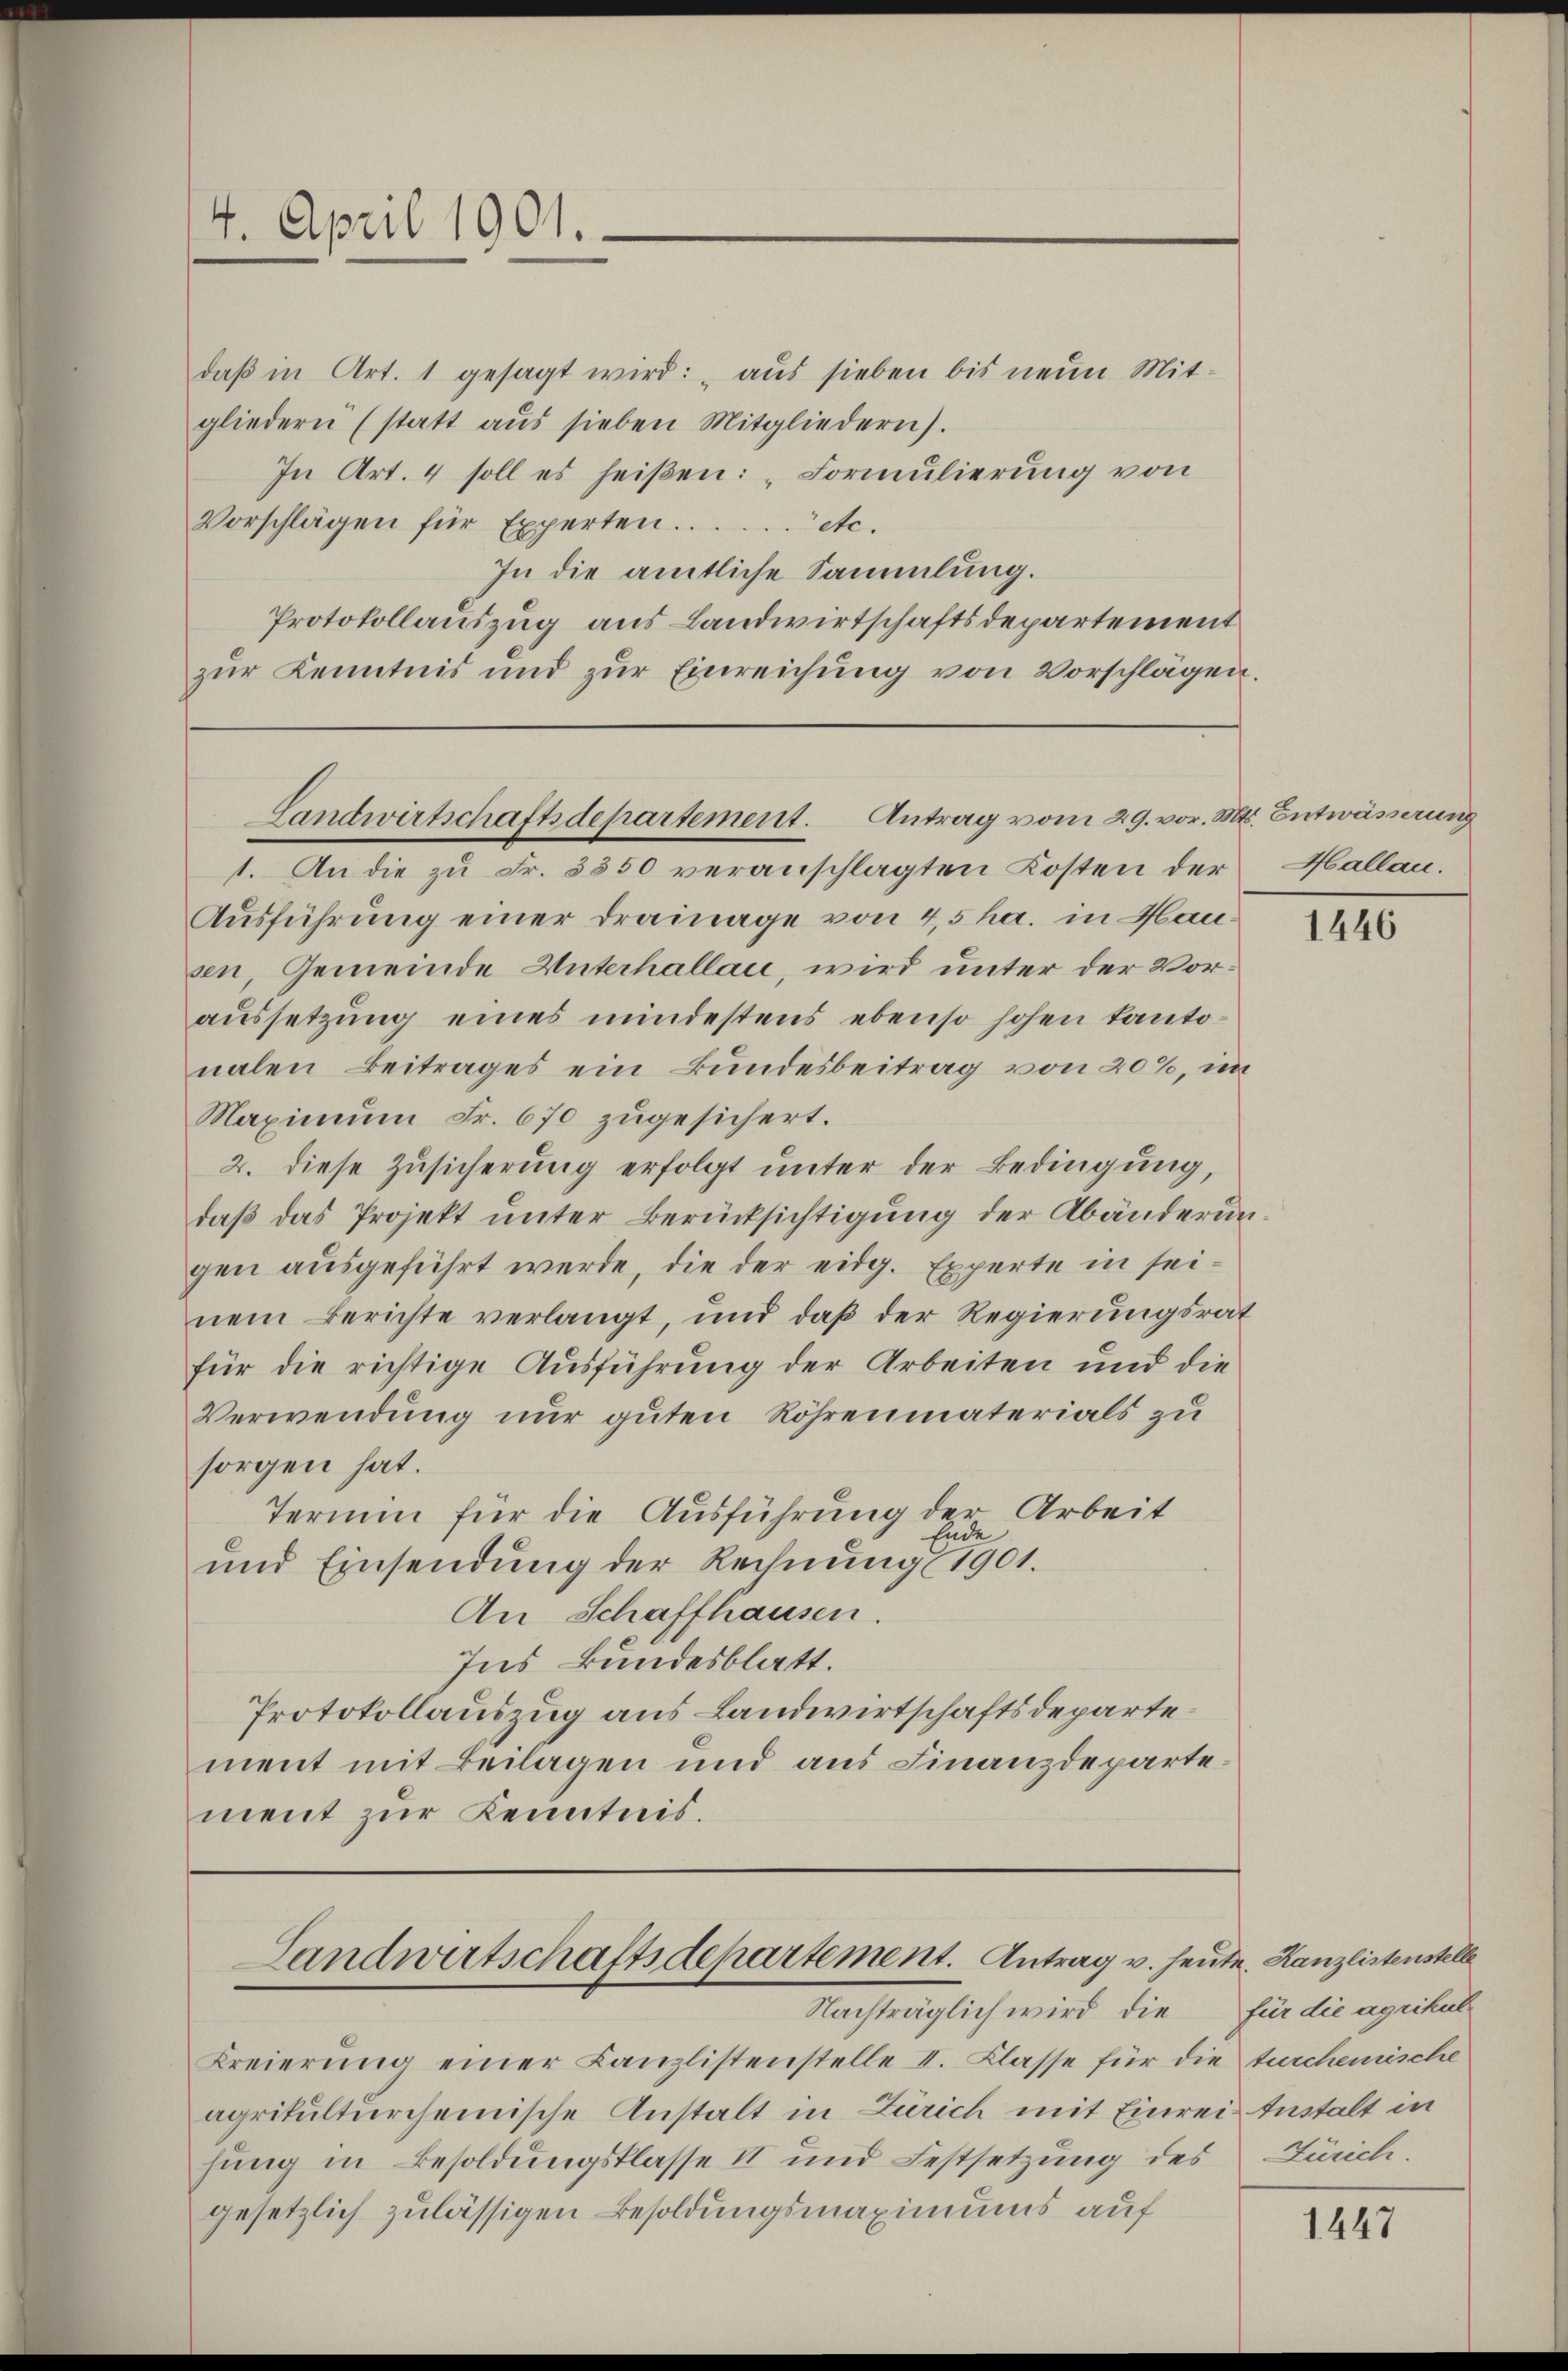
daβ in Art. 1 gesagt wird: „aus sieben bis neue Mit-
gliedern (statt aŭs sieben Mitgliedern).
In Art. 4 soll es heißen: „Formulierung von
Vorschlägen für Experten. etc.
In die amtliche Sammlung.
Protokollauszug aus Landwirtschaftsdepartement
zŭr Kenntnis und zŭr Einreichung von Vorschlägen.

4. April 1901.

1. An die zu Fr. 3350 veranschlagten Kosten der
Ausführung einer drainage von 4,5 ha. in Hausen, Gemeinde Unterhallau, wird unter der Voraussetzung eines mindestens ebenso hohen kantonalen Beitrages ein Bundesbeitrag von 20%, im
Maximum Fr. 670 zugesichert.
2. diese Zusicherung erfolgt unter der Bedingung,
daß das Projekt unter Berücksichtigung der Abänderun-
gen ausgeführt werde, die der eidg. Experte in seinem Berichte verlangt, und daβ der Regierungsrat
für die richtige Ausführung der Arbeiten und die
Verwendung nur guten Röhrenmaterials zu
sorgen hat.
Termin für die Ausführung der Arbeit
Ende
und Einsendung der Rechnung 1901.
An Schaffhausen.
Ins Bundesblatt.
Protokollauszug aus Landwirtschaftsdepartement mit Beilagen und aus Finanzdepartement zur Kenntnis.

Landwirtschaftsdepartement. Antrag vom 29. vor. Mts. Entwässerung

Landwirtschaftsdepartement. Antrag v. heute. Kanzlistenstelle

Breierung einer Canzlistenstelle II. Klasse für die turchemische
agrikulturcheinische Anstalt in Zürich mit Einrei testalt in
hung in Besoldungsklasse II und Festsetzung des Zürich.
gesetzlich zulässigen Besoldungsmaximums auf

Nachträglich wird, die

Hallau.

1446

für die agrikul

1447